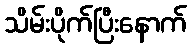
သိမ်းပိုက်ပြီးနောက်